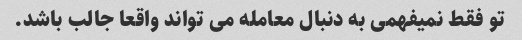
تو فقط نمیفهمی به دنبال معامله می تواند واقعا جالب باشد.